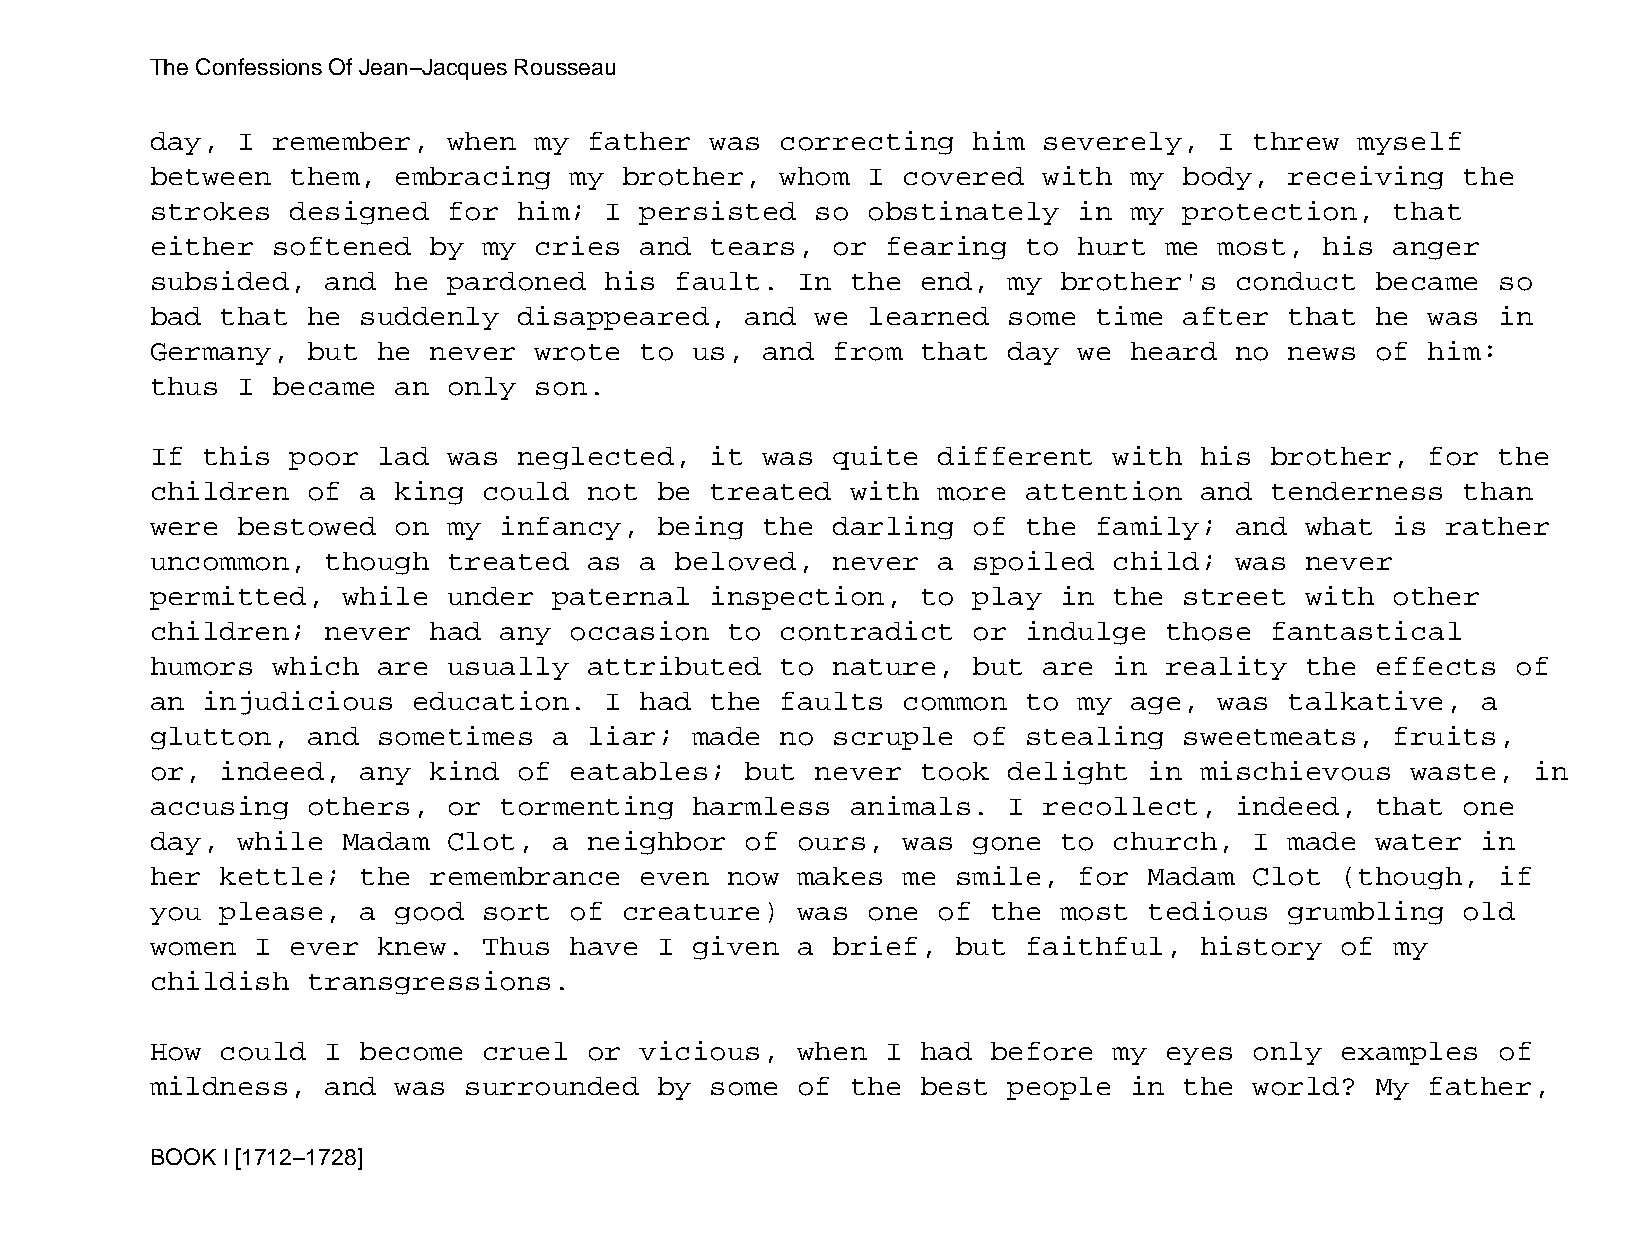
The Confessions Of Jean−Jacques Rousseau
 day,  I remember,   when my  father  was  correcting  him  severely,   I threw  myself
 between  them,  embracing   my brother,   whom I  covered  with  my body,  receiving   the
 strokes  designed   for him;  I persisted   so obstinately   in  my protection,   that
 either  softened  by  my cries  and  tears,  or  fearing  to hurt  me  most,  his anger
 subsided,   and he  pardoned  his  fault.  In the  end,  my brother's   conduct  became  so
 bad  that he  suddenly  disappeared,   and  we learned   some time  after  that  he  was in
 Germany,  but  he never  wrote  to  us, and  from  that  day we  heard  no news  of  him:
 thus  I became  an  only son.
 If this  poor  lad  was neglected,   it was  quite  different   with his  brother,   for the
 children  of  a king  could  not  be treated  with  more  attention  and  tenderness   than
 were  bestowed  on  my infancy,   being the  darling  of  the family;   and what  is  rather
 uncommon,   though  treated  as a  beloved,  never  a spoiled   child;  was never
 permitted,   while  under  paternal  inspection,   to play  in  the street  with  other
 children;   never had  any  occasion  to  contradict  or  indulge  those  fantastical
 humors  which  are  usually  attributed   to nature,  but  are  in reality  the  effects  of
 an injudicious   education.   I had  the  faults  common  to my  age,  was talkative,   a
 glutton,  and  sometimes   a liar;  made  no scruple  of  stealing  sweetmeats,   fruits,
 or,  indeed,  any kind  of  eatables;  but  never  took  delight  in mischievous   waste,  in
 accusing  others,   or tormenting   harmless  animals.   I recollect,   indeed,  that  one
 day,  while  Madam  Clot,  a neighbor  of  ours,  was gone  to  church,  I made  water  in
 her  kettle;  the remembrance   even  now  makes  me smile,  for  Madam  Clot  (though,  if
 you  please,  a good  sort  of creature)   was one  of  the most  tedious  grumbling   old
 women  I ever  knew.  Thus  have  I given  a brief,  but  faithful,  history   of my
 childish  transgressions.
 How  could  I become  cruel  or vicious,   when  I had  before  my eyes  only  examples  of
 mildness,   and was  surrounded   by some  of the  best  people  in the  world?  My  father,
 BOOK I [1712−1728]